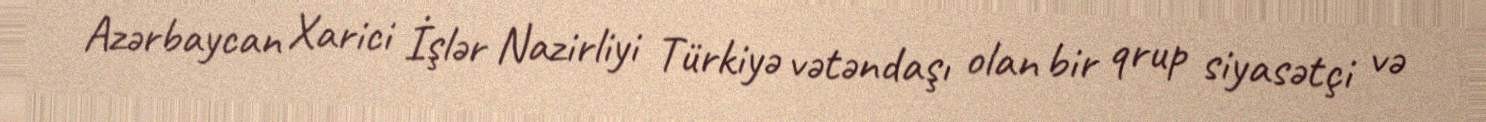
Azərbaycan Xarici İşlər Nazirliyi Türkiyə vətəndaşı olan bir qrup siyasətçi və